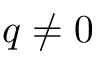
q \neq 0